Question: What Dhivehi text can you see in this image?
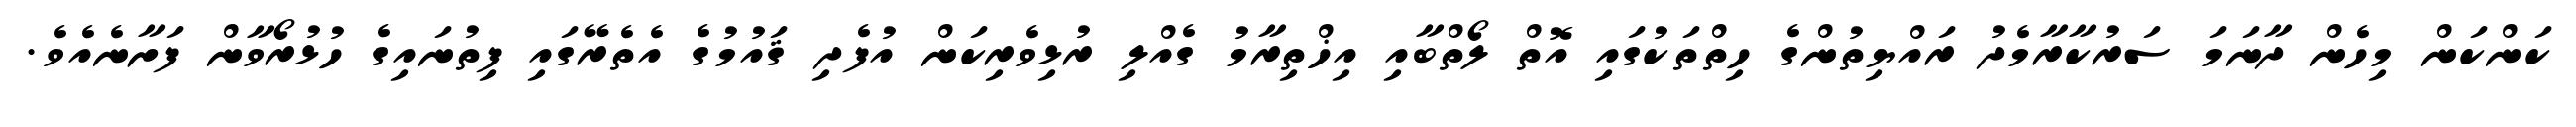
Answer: ކަންކަން މިހެން ދާނަމަ ސަރުކާރާމެދު ރައްޔިތުންގެ ހިތްތަކުގައި އޮތް ލޯތްބާއި އިޚްތިރާމު ގެއްލި ރުޅިވެރިކަން އުފެދި ޤައުމުގެ އެތެރޭގައި ފިތުނައިގެ ހުޅުރޯވާން ފަށާނެއެވެ.